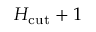
H _ { \mathrm { c u t } } + 1